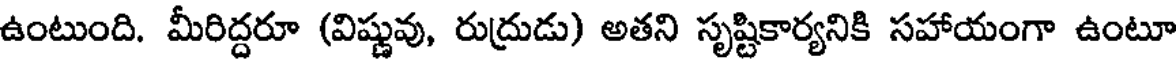
ఉంటుంది. మీరిద్దరూ (విష్ణువు, రుద్రుడు) అతని సృష్టికార్యనికి సహాయంగా ఉంటూ